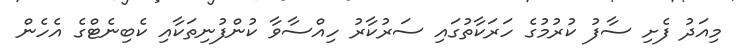
މިއަދު ފެށި ސާފު ކުރުމުގެ ހަރަކާތުގައި ސަރުކާރު ހިއްސާވާ ކުންފުނިތަކާއި ކެބިނެޓްގެ އެހެން